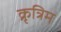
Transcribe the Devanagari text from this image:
क्रृत्रिम